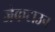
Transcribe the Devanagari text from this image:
जेकटाउन